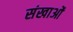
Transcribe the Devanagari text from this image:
संखाओं